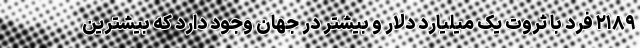
۲۱۸۹ فرد با ثروت یک میلیارد دلار و بیشتر در جهان وجود دارد که بیشترین